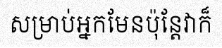
សម្រាប់អ្នកមែនប៉ុន្តែវាក៏